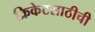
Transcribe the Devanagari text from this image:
क्रिकेटसाठीची